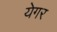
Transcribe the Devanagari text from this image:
येगर